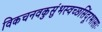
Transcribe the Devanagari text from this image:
विकचनवकुसुंभस्वच्छसिंदूरभासाः